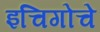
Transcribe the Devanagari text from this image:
इचिगोचे